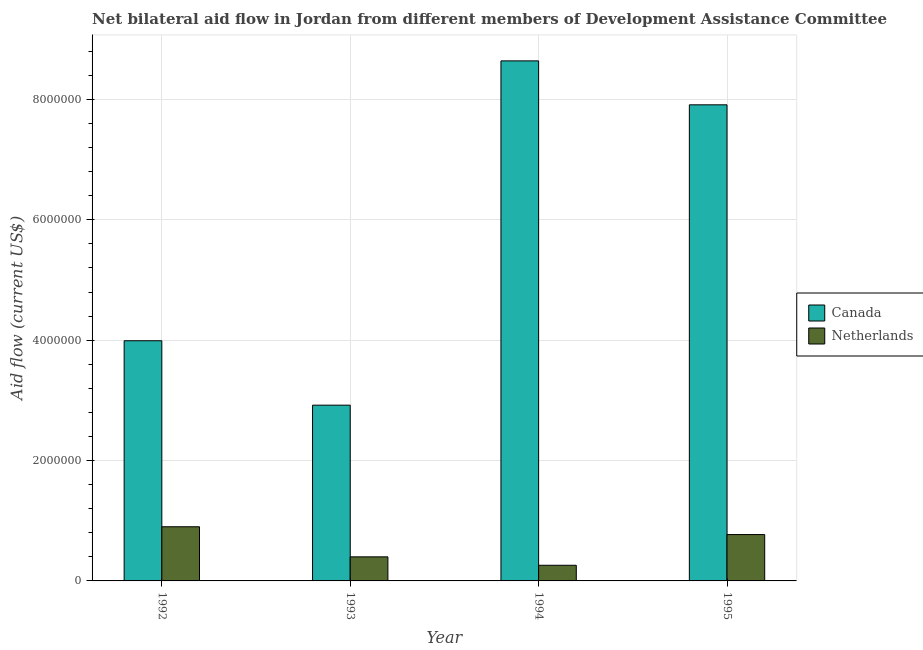
| Year | Canada | Netherlands |
 | --- | --- | --- |
 | 1992 | 3.99e+06 | 9e+05 |
 | 1993 | 2.92e+06 | 4e+05 |
 | 1994 | 8.64e+06 | 2.6e+05 |
 | 1995 | 7.91e+06 | 7.7e+05 |